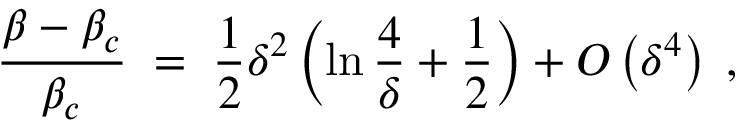
{ \frac { \beta - \beta _ { c } } { \beta _ { c } } } \; = \; { \frac { 1 } { 2 } } \delta ^ { 2 } \left( \ln { \frac { 4 } { \delta } } + { \frac { 1 } { 2 } } \right) + O \left( \delta ^ { 4 } \right) \; ,